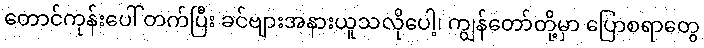
တောင်ကုန်းပေါ် တက်ပြီး ခင်ဗျားအနားယူသလိုပေါ့၊ ကျွန်တော်တို့မှာ ပြောစရာတွေ